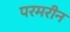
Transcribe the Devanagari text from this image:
परमरीन